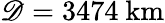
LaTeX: \mathscr{D}=3474{\mathrm{{~km}}}